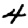
Digit: 4